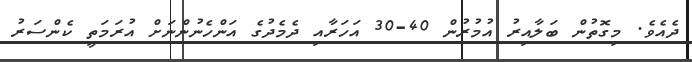
ދެއެވެ. މިގޮތުން ބަލާއިރު އުމުރުން 40-30 އަހަރާއި ދެމެދުގެ އަންހެނުންނަށް އުރަމަތީ ކެންސަރު